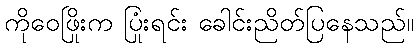
ကိုဝေဖြိုးက ပြုံးရင်း ခေါင်းညိတ်ပြနေသည်။